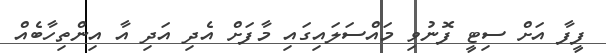
ފީފާ އަށް ސިޓީ ފޮނުވި މައްސަލައިގައި މާފަށް އެދި އަދި އާ އިންތިހާބެއް